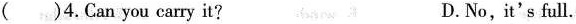
()4.Can you carry it? D.No, it's full.